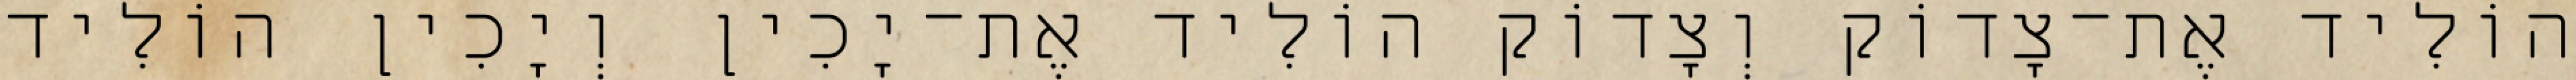
הוֹלִיד אֶת־צָדוֹק וְצָדוֹק הוֹלִיד אֶת־יָכִין וְיָכִין הוֹלִיד